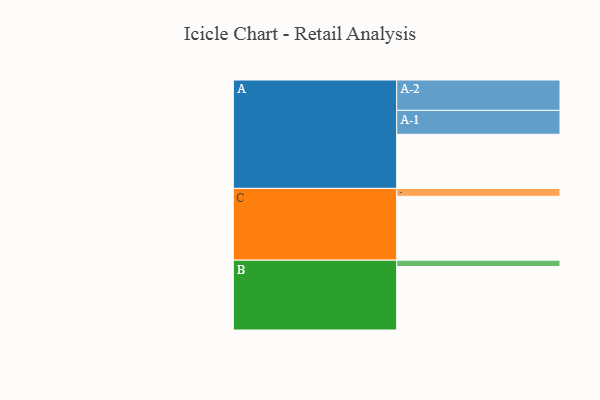
{"axis": {"x": "Segment", "y": "Value"}, "legend": ["", "A", "B", "C"], "data": [{"x": "A", "y": 494, "type": ""}, {"x": "B", "y": 579, "type": ""}, {"x": "C", "y": 583, "type": ""}, {"x": "A-1", "y": 218, "type": "A"}, {"x": "A-2", "y": 277, "type": "A"}, {"x": "B-1", "y": 58, "type": "B"}, {"x": "C-1", "y": 72, "type": "C"}]}